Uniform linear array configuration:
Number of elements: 16
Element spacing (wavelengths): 0.5
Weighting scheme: hamming
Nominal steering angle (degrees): -60
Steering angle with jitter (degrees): -58.807
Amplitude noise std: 0.05
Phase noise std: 0.05

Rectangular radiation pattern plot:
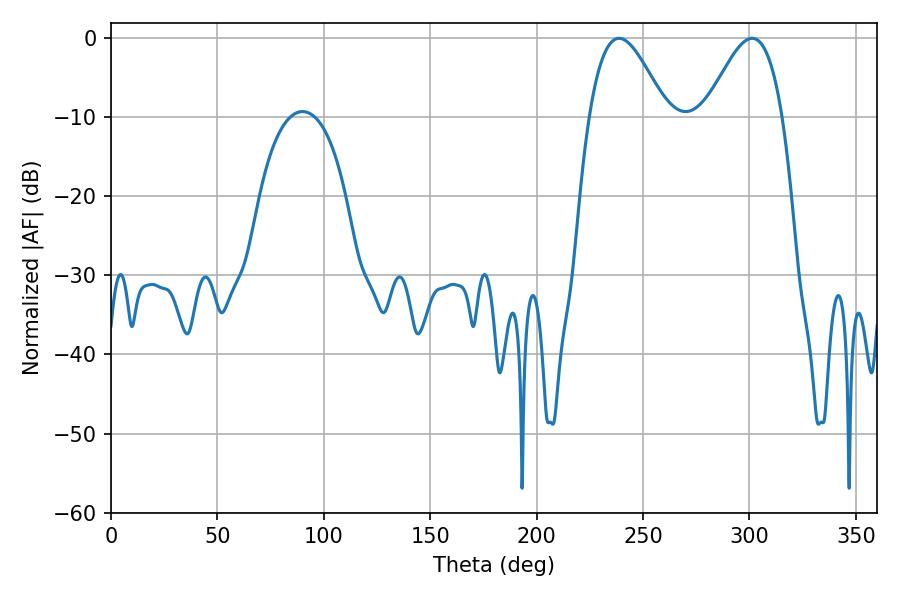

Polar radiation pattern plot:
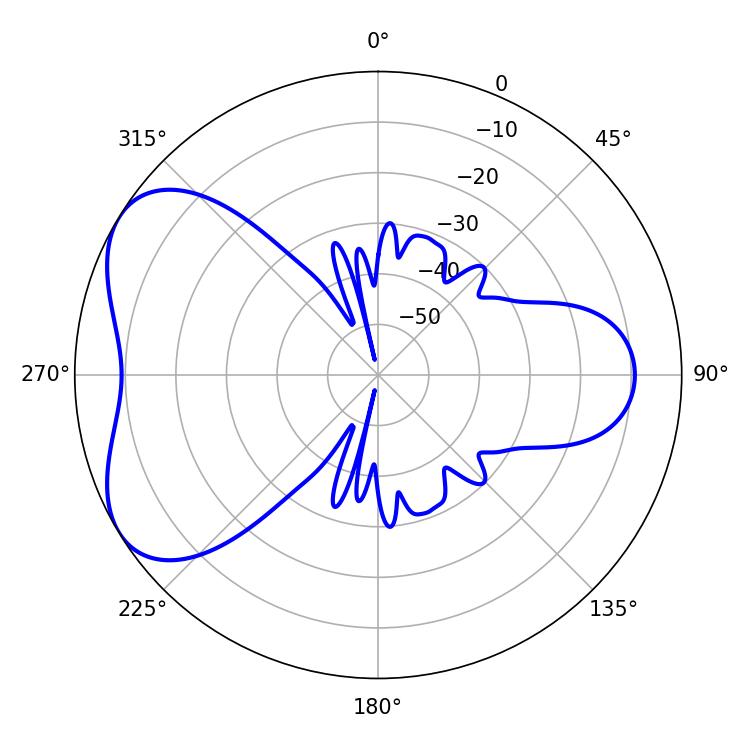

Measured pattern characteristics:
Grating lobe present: FALSE
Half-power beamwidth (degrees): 19.44
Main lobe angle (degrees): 238.68